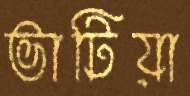
ভাটিয়া